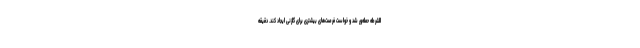
الشرطه حمله‌ور شد و خواست فرصت‌های بیشتری برای گلزنی ایجاد کند. دقیقه